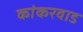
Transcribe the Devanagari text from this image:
कांकरवाड